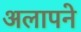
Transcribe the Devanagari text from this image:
अलापने